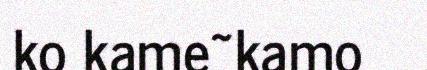
ko kame~kamo